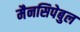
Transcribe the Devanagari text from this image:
मैनसिपेबुल